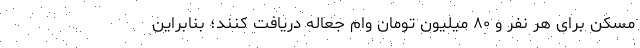
مسکن برای هر نفر و ۸۰ میلیون تومان وام جعاله دریافت کنند؛ بنابراین